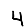
Digit: 4